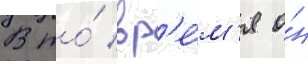
В то́ вр'е́м'я о́н